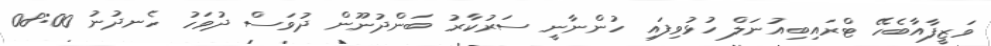
ވަޒީފާއާބެހޭ ޓްރައިބިއުނަލް ހުޅުވިފައި ހުންނާނީ ސަރުކާރު ބަންދުނޫން ދުވަސް ދުވަހު ހެނދުނު 08:00